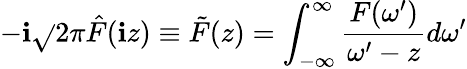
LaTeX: -\mathbf{i}\sqrt{}{{2\pi}}\hat{{F}}(\mathbf{i}z)\equiv\tilde{{F}}(z)=\int_{-\infty}^{\infty}\frac{{F(\omega^{\prime})}}{{\omega^{\prime}-z}}d\omega^{\prime}